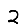
Digit: 2